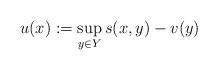
LaTeX: \begin{align*}u(x) := \sup_{y \in Y} s(x,y) - v(y)\end{align*}